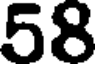
58